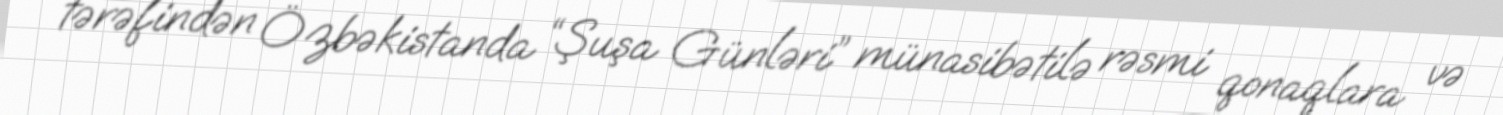
tərəfindən Özbəkistanda “Şuşa Günləri” münasibətilə rəsmi qonaqlara və